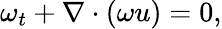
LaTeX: \omega_{t}+\nabla\cdot(\omega u)=0,